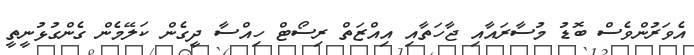
އެވަރުންވެސް ބޮޑު މުސާރައާއި ޖާހަތާއި އިއްޒަތް ރިސޯޓް ހިއްސާ ދީގެން ކަލޭމެން ގެންގުޅުނީތީ